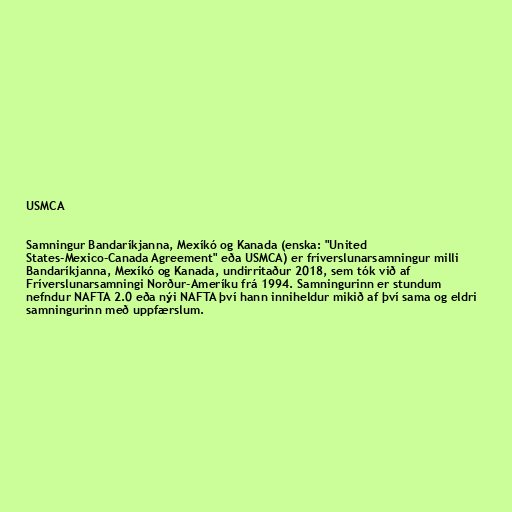
USMCA

Samningur Bandaríkjanna, Mexíkó og Kanada (enska: "United
States-Mexico-Canada Agreement" eða USMCA) er fríverslunarsamningur milli
Bandaríkjanna, Mexíkó og Kanada, undirritaður 2018, sem tók við af
Fríverslunarsamningi Norður-Ameríku frá 1994. Samningurinn er stundum
nefndur NAFTA 2.0 eða nýi NAFTA því hann inniheldur mikið af því sama og eldri
samningurinn með uppfærslum.